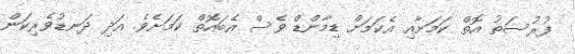
ފުރުސަތު އޮތް ކަމަށާއި އެކަމަށް ޑިމާންޑް ވެސް އެބައޮތް ކަމަށެވެ. އަދި ދަނޑުވެރިކަން